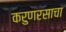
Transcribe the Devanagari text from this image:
करुणरसाचा